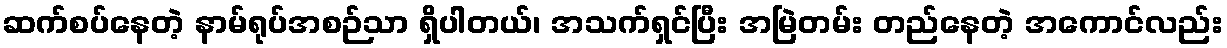
ဆက်စပ်နေတဲ့ နာမ်ရုပ်အစဉ်သာ ရှိပါတယ်၊ အသက်ရှင်ပြီး အမြဲတမ်း တည်နေတဲ့ အကောင်လည်း